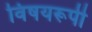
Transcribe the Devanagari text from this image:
विषयरूपी